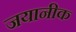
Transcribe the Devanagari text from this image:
जयानीक